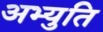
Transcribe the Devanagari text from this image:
अभ्युति